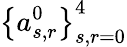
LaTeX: \left\{ a_{s,r}^{0}\right\} _{s,r=0}^{4}